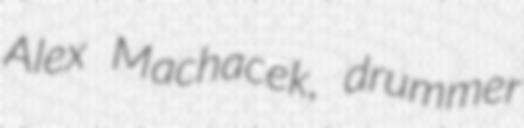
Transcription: Alex Machacek, drummer